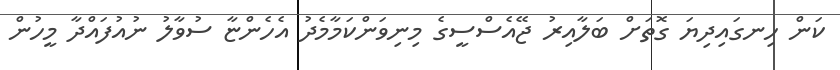
ކަން ހިނގައިދިޔަ ގޮތަށް ބަލާއިރު ޖޭއެސްސީގެ މިނިވަންކަމާމެދު އެހެންޏާ ސުވާލު ނުއުފައްދާ މީހުން